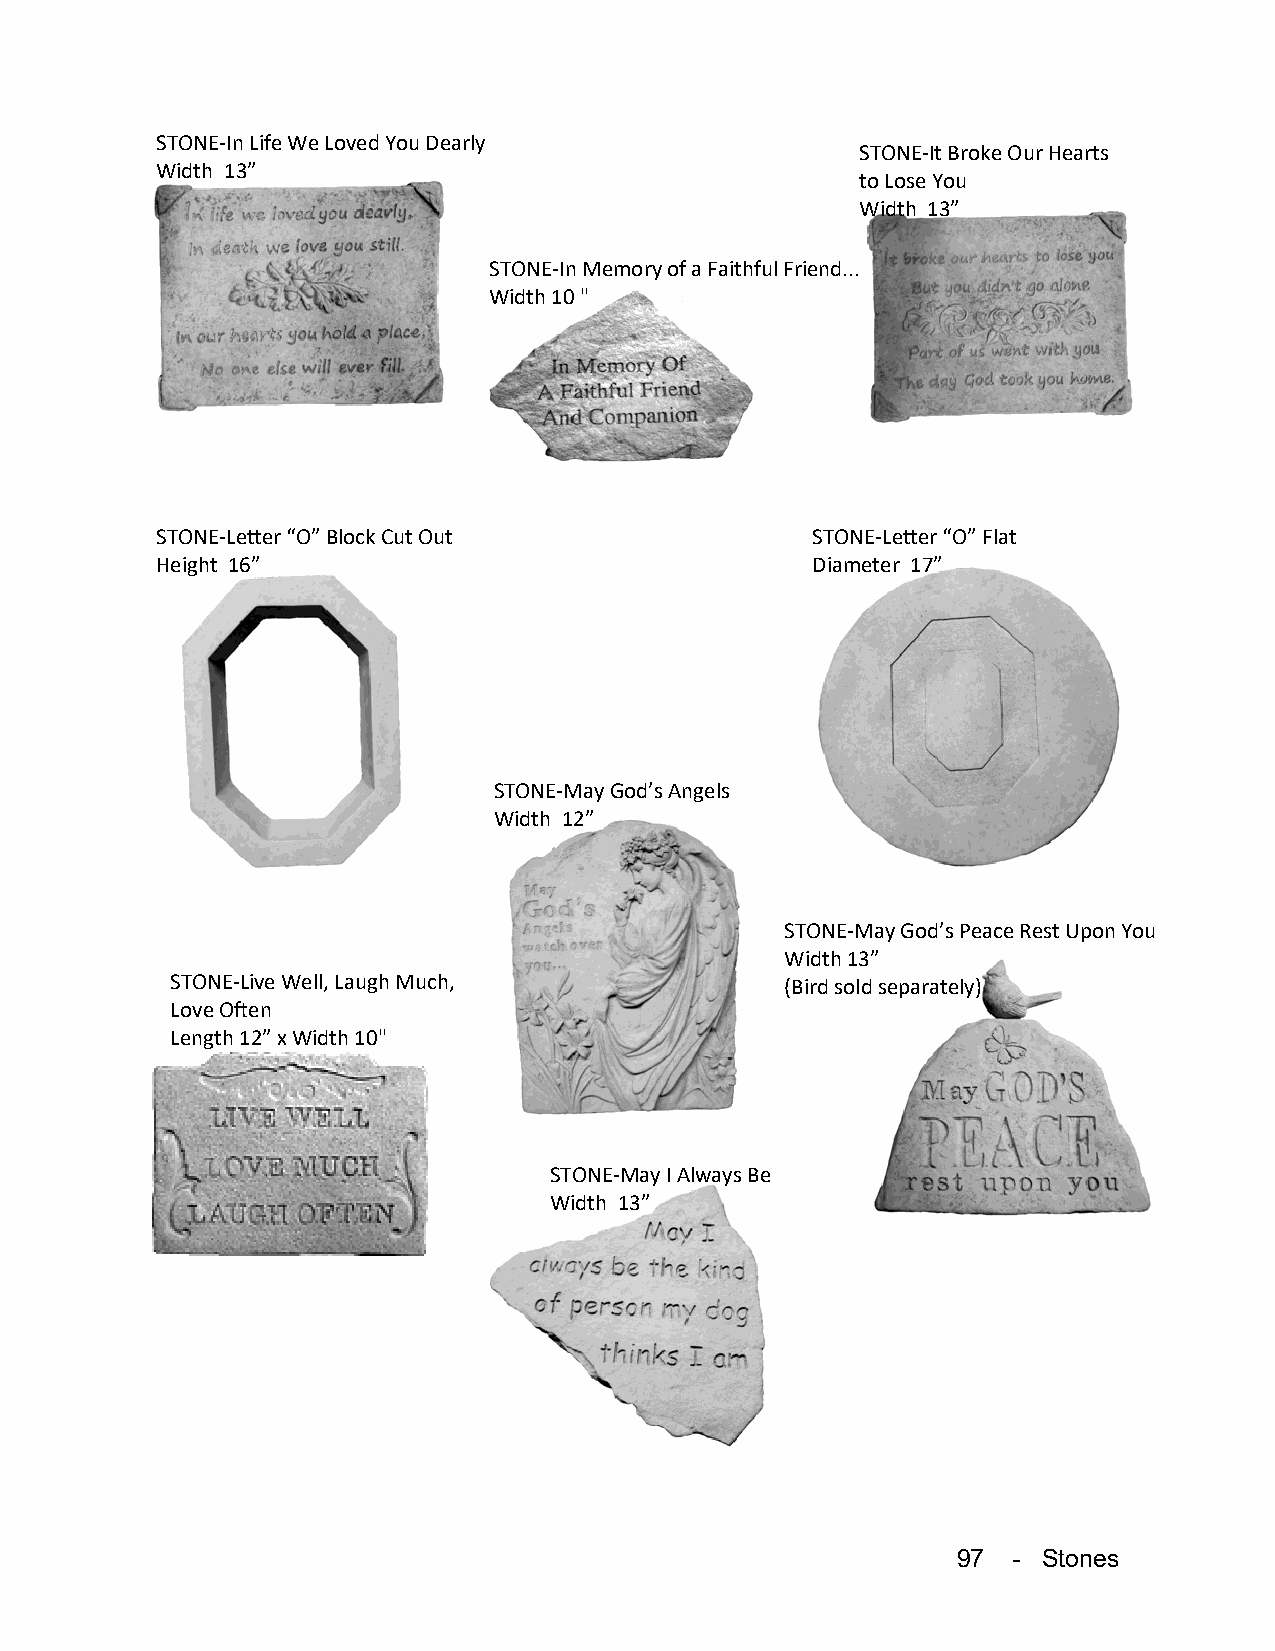
STONE-In Life We Loved You Dearly
 STONE-It Broke Our Hearts
 Width 13”
 to Lose You
 Width 13”
 STONE-In Memory of a Faithful Friend...
 Width 10 "
 STONE-Letter “O” Block Cut Out              STONE-Letter “O” Flat
 Height 16”                                  Diameter 17”
 STONE-May God’s Angels
 Width 12”
 STONE-May God’s Peace Rest Upon You
 Width 13”
 STONE-Live Well, Laugh Much,             (Bird sold separately)
 Love Often
 Length 12” x Width 10"
 STONE-May I Always Be
 Width 13”
 97  - Stones